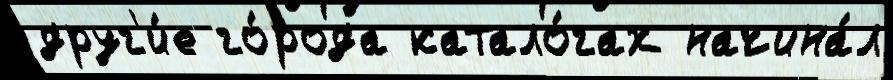
друг'и́е го́рода катало́гах начина́л